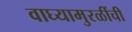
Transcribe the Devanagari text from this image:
वाघ्यामुरळींची